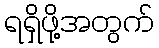
ရရှိဖို့အတွက်